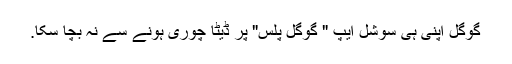
گوگل اپنی ہی سوشل ایپ " گوگل پلس" پر ڈیٹا چوری ہونے سے نہ بچا سکا.